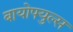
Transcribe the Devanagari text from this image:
बायोफ्युल्स